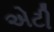
એટી